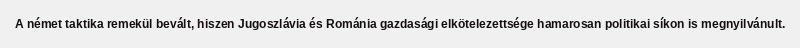
A német taktika remekül bevált, hiszen Jugoszlávia és Románia gazdasági elkötelezettsége hamarosan politikai síkon is megnyilvánult.